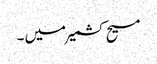
مسیح کشمیر میں ۔